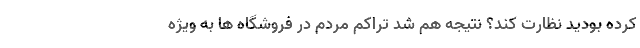
کرده بودید نظارت کند؟ نتیجه هم شد تراکم مردم در فروشگاه ها به ویژه